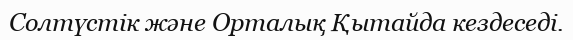
Солтүстік және Орталық Қытайда кездеседі.